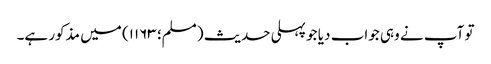
تو آپ نے وہی جواب دیا جو پہلی حدیث (مسلم؛ ۱۱۶۳) میں مذکور ہے۔